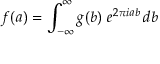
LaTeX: f ( a ) = \int _ { - \infty } ^ { \infty } g ( b ) \ e ^ { 2 \pi i a b } \, d b